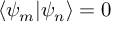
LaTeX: \langle \psi _ { m } | \psi _ { n } \rangle = 0